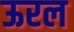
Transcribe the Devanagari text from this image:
ऊरल